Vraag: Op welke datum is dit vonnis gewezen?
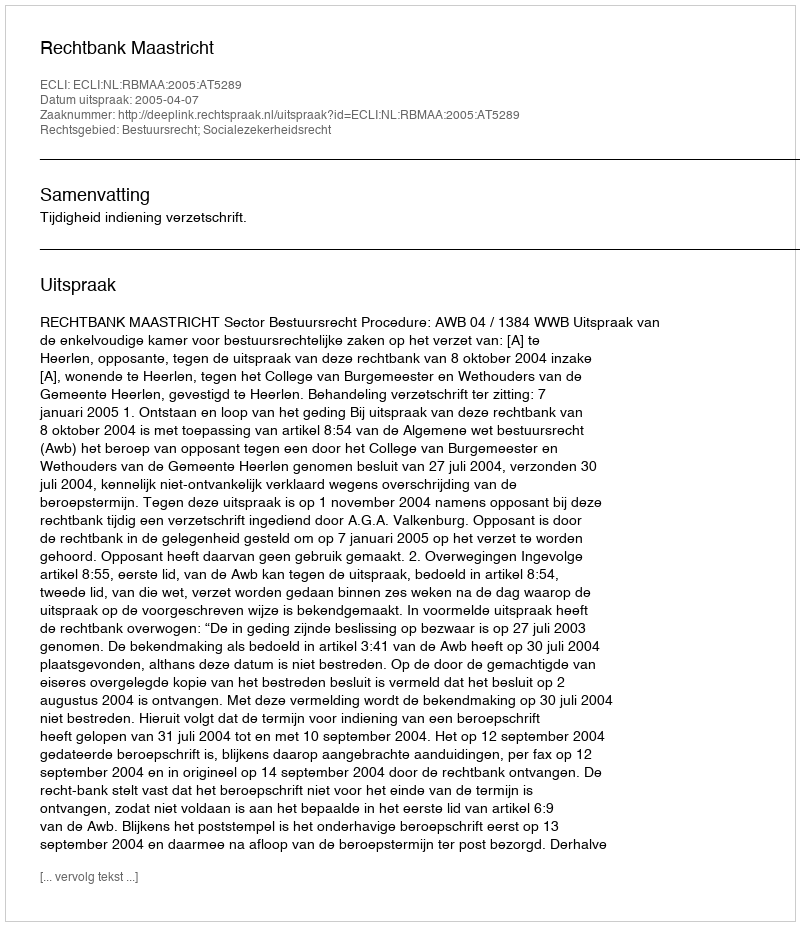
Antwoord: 2005-04-07